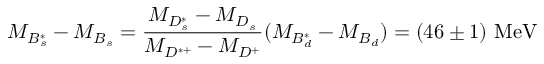
M _ { B _ { s } ^ { * } } - M _ { B _ { s } } = \frac { M _ { D _ { s } ^ { * } } - M _ { D _ { s } } } { M _ { D ^ { * + } } - M _ { D ^ { + } } } ( M _ { B _ { d } ^ { * } } - M _ { B _ { d } } ) = ( 4 6 \pm 1 ) \ \mathrm { M e V }